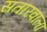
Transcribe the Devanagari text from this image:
सतारवाला